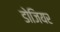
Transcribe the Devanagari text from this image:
डोजियर